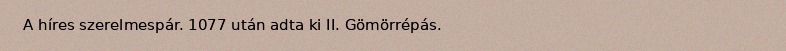
A híres szerelmespár. 1077 után adta ki II. Gömörrépás.